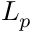
L _ { p }